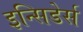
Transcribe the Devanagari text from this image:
इन्सिडेर्स